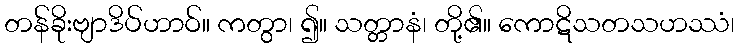
တန်ခိုးဗျာဒိပ်ဟာဝ်။ ကတွာ၊ ၍။ သတ္တာနံ၊ တို့၏။ ကောဋိသတသဟဿံ၊